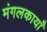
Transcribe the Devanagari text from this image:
मंगलकायाँ